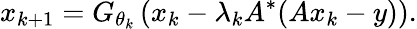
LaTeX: x_{k+1}=G_{\theta_{k}}\left(x_{k}-\lambda_{k}A^{*}(Ax_{k}-y)\right).